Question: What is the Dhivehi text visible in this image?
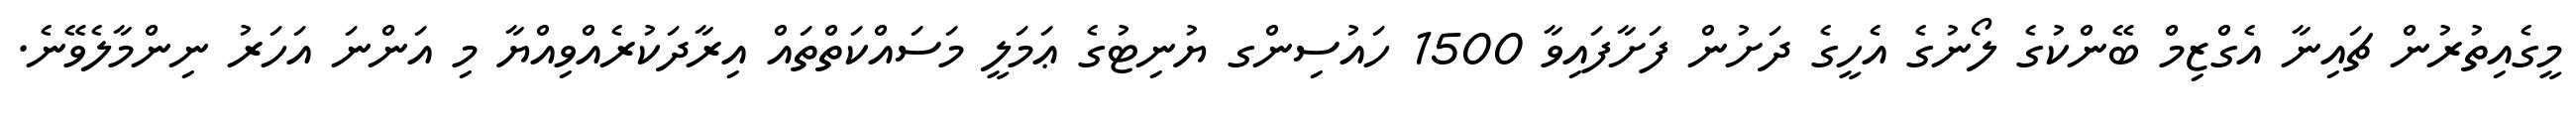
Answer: މީގެއިތުރުން ޗައިނާ އެގްޒިމް ބޭންކުގެ ލޯނުގެ އެހީގެ ދަށުން ފަށާފައިވާ 1500 ހައުސިންގ ޔުނިޓުގެ ޢަމަލީ މަސައްކަތްތައް އިރާދަކުރެއްވިއްޔާ މި އަންނަ އަހަރު ނިންމާލެވޭނެ.